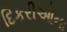
દિકરીઓના